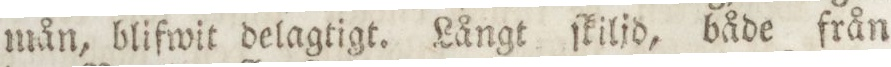
mån, blifwit delagtigt. Långt ſkiljd, både från